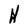
Character: N